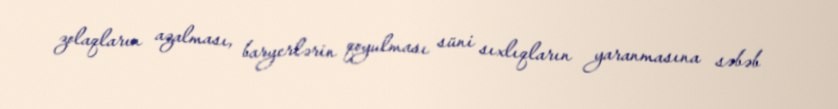
zolaqların azalması, baryerlərin qoyulması süni sıxlıqların yaranmasına səbəb